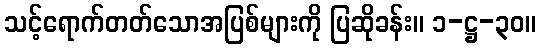
သင့်ရောက်တတ်သောအပြစ်များကို ပြဆိုခန်း။ ၁-ဋ္ဌ-၃၀။